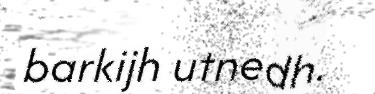
barkijh utnedh.